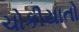
ચોકીયાતો